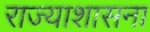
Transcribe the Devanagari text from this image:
राज्याशासना